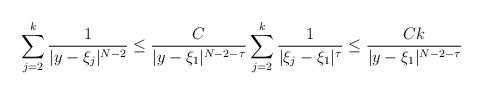
LaTeX: \begin{align*}\sum_{j=2}^{k}\frac1{|y-\xi_j|^{N-2}}\le \frac C{|y-\xi_1|^{N-2-\tau }}\sum_{j=2}^{k} \frac1{|\xi_j-\xi_1|^\tau}\le \frac {C k}{|y-\xi_1|^{N-2-\tau }}\end{align*}